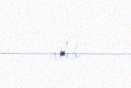
alıb.